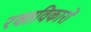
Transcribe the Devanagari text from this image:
रक्तविकारों